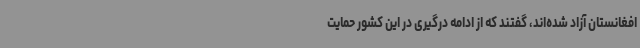
افغانستان آزاد شده‌اند، گفتند که از ادامه درگیری در این کشور حمایت